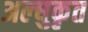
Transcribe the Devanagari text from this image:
अल्घुकृत